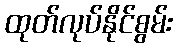
ထုတ်လုပ်နိုင်စွမ်း